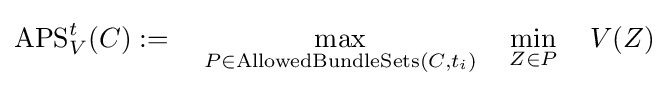
\operatorname {APS} _{V}^{t}(C):=~~~\max _{P\in \operatorname {AllowedBundleSets} (C,t_{i})}~~~\min _{Z\in P}~~~V(Z)